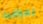
بمراقبة